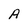
Character: A